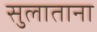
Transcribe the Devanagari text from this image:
सुलाताना